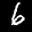
Label: 6